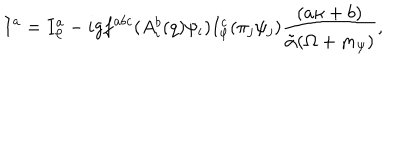
LaTeX: I ^ { a } = I _ { \varphi } ^ { a } - i g f ^ { a b c } ( A _ { i } ^ { b } ( q ) \psi _ { i } ) I _ { \varphi } ^ { c } ( \pi _ { j } \psi _ { j } ) \frac { ( a \kappa + b ) } { \tilde { \alpha } ( \Omega + m _ { \psi } ) } ,